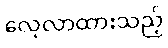
လေ့လာထားသည့်